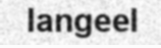
langeel